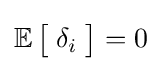
\operatorname {\mathbb {E} } {\bigl [}\;\delta _{i}\;{\bigr ]}=0